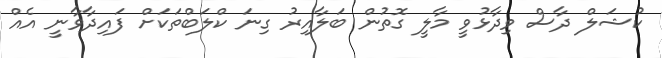
ކުޝަލް ދާސް ވިދާޅުވީ މާލީ ގޮތުން ބަލާއިރު ގިނަ ކްލަބްތަކަށް ފައިދާވާނީ އެއް